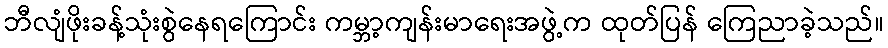
ဘီလျံဖိုးခန့်သုံးစွဲနေရကြောင်း ကမ္ဘာ့ကျန်းမာရေးအဖွဲ့က ထုတ်ပြန် ကြေညာခဲ့သည်။